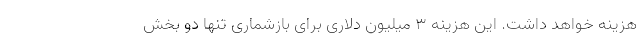
هزینه خواهد داشت. این هزینه ۳ میلیون دلاری برای بازشماری تنها دو بخش